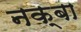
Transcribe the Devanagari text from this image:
नक्बा